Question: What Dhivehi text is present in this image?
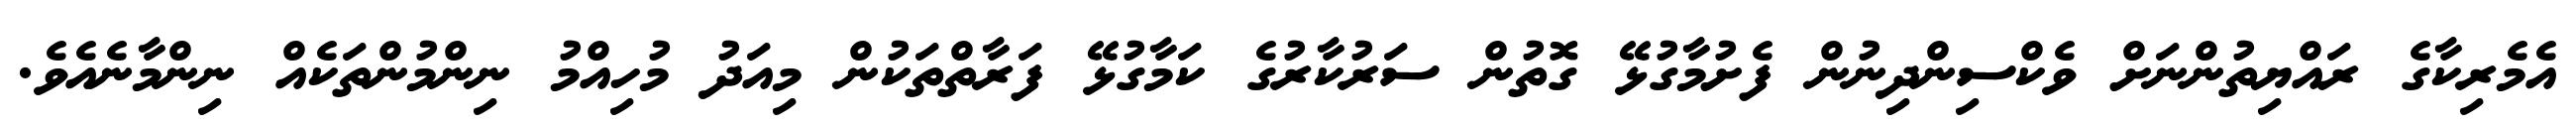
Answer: އެމެރިކާގެ ރައްޔިތުންނަށް ވެކްސިންދިނުން ފެށުމާގުޅޭ ގޮތުން ސަރުކާރުގެ ކަމާގުޅޭ ފަރާތްތަކުން މިއަދު މުހިއްމު ނިންމުންތަކެއް ނިންމާނެއެވެ.